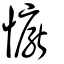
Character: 懨